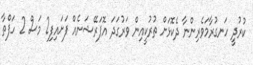
ކުރުދީ ހަނގުރާމަވެރިންނާ ދެކޮޅަށް ތުރުކީއިން ވަރުގަދަ އޮޕަރޭޝަނެއް ފަށައިފި2 މަސް 2 ހަފްތާ